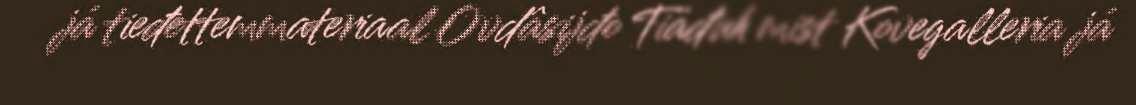
já tieđettemmateriaal Ovdâsijđo Tiäđuh mist Kovegalleria já